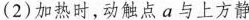
(2)加热时，动触点a与上方静